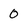
Character: 0